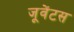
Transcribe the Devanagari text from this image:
जूवेंटस